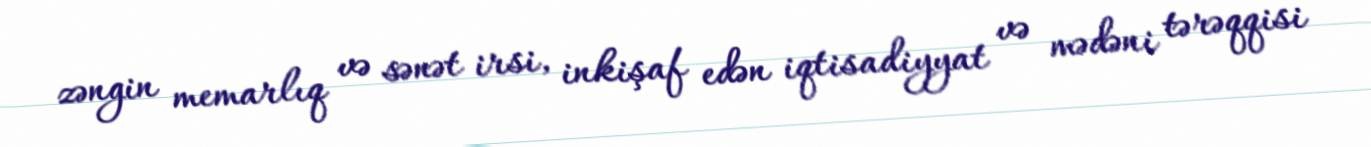
zəngin memarlıq və sənət irsi, inkişaf edən iqtisadiyyat və mədəni tərəqqisi